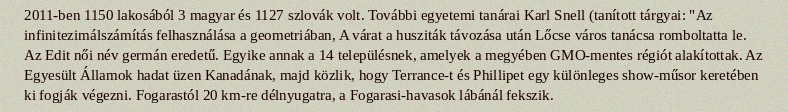
2011-ben 1150 lakosából 3 magyar és 1127 szlovák volt. További egyetemi tanárai Karl Snell (tanított tárgyai: "Az infinitezimálszámítás felhasználása a geometriában, A várat a husziták távozása után Lőcse város tanácsa romboltatta le. Az Edit női név germán eredetű. Egyike annak a 14 településnek, amelyek a megyében GMO-mentes régiót alakítottak. Az Egyesült Államok hadat üzen Kanadának, majd közlik, hogy Terrance-t és Phillipet egy különleges show-műsor keretében ki fogják végezni. Fogarastól 20 km-re délnyugatra, a Fogarasi-havasok lábánál fekszik.